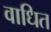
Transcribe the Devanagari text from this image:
वाधित